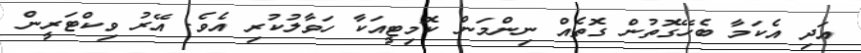
އަދި އެކަމާ ބެހޭގޮތުން ގޮތެއް ނިންމަން ކޮމިޓީއަކާ ހަވާލުކުރި އެވެ. އޭރު ވިކްޓަރީން